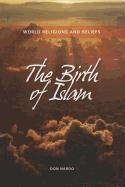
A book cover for The Birth of Islam (World Religions and Beliefs); Don Nardo; Teen & Young Adult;